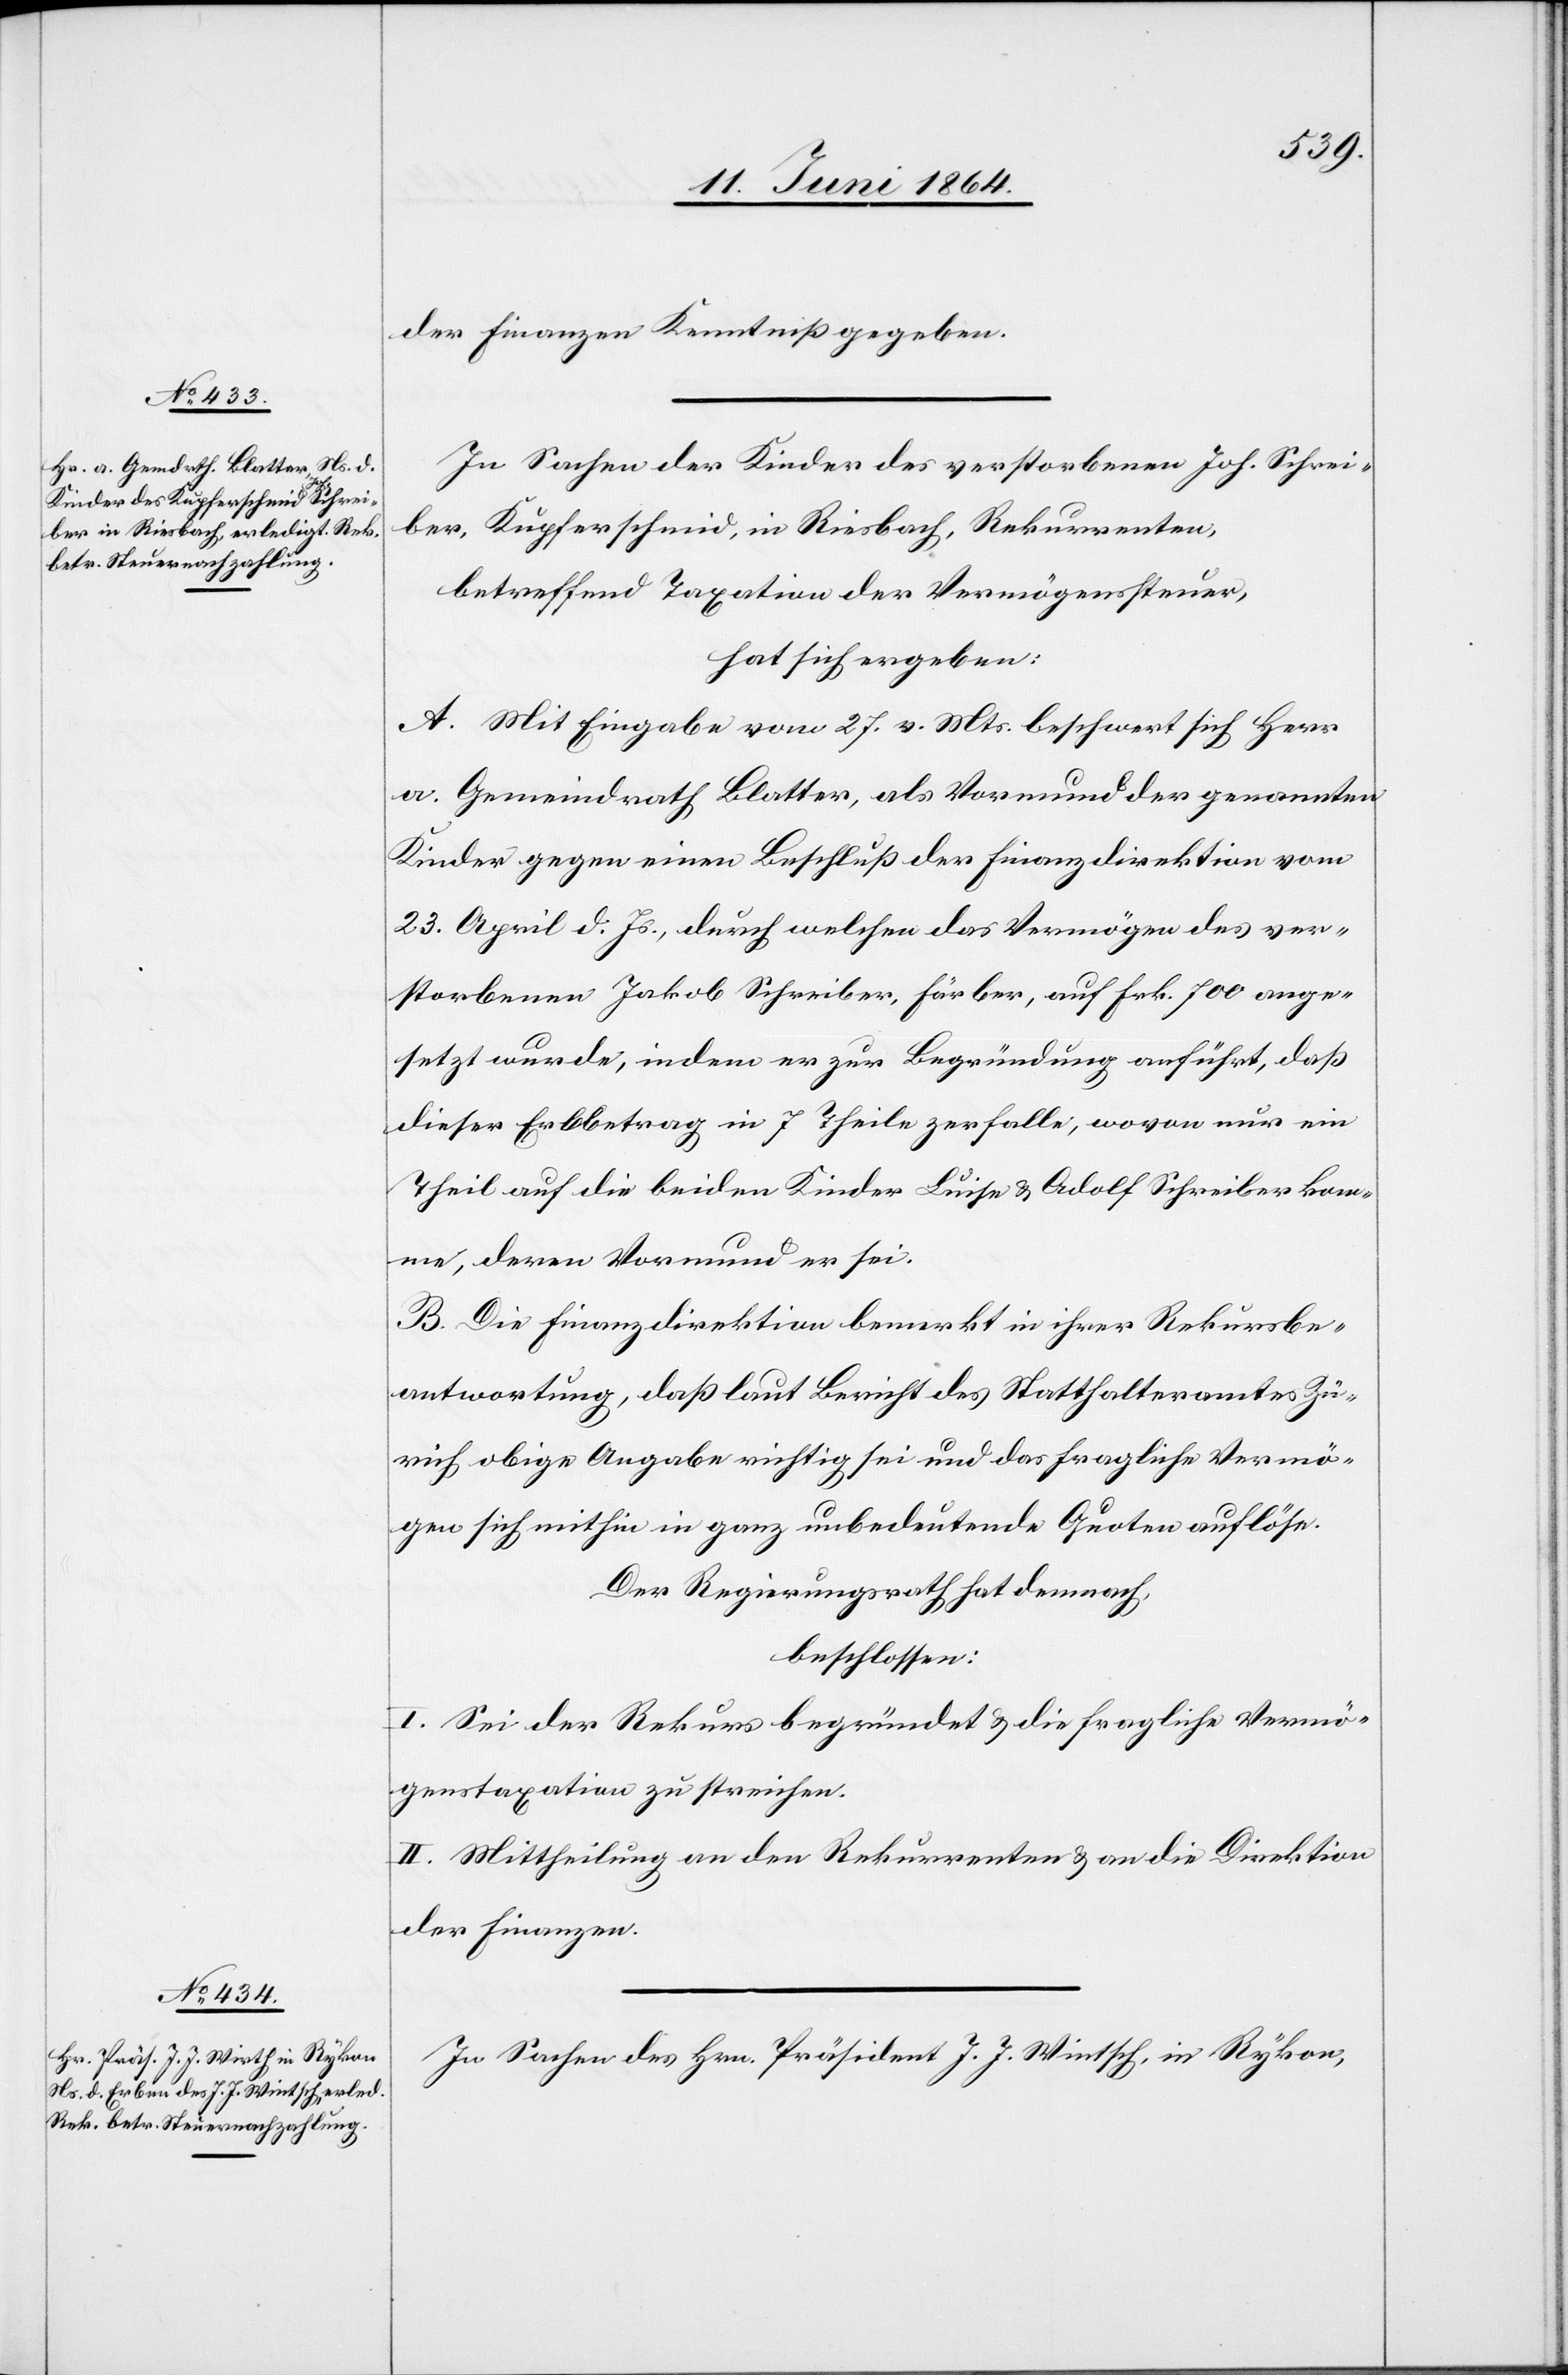
der Finanzen Kenntniß gegeben.
In Sachen der Kinder des verstorbenen Joh. Schrei¬
ber, Kupferschmid, in Riesbach, Rekurrenten,
betreffend Taxation der Vermögenssteuer,
hat sich ergeben:
A. Mit Eingabe vom 27. v. Mts. beschwert sich Herr
a. Gemeindrath Blatter, als Vormund der genannten
Kinder gegen einen Beschluß der Finanzdirektion vom
23. April d. Js., durch welchen das Vermögen des ver¬
storbenen Jakob Schreiber, Färber [sic!], auf Frk. 700 ange¬
setzt wurde, indem er zur Begründung anführt, daß
dieser Erbbetrag in 7 Theile zerfalle, wovon nur ein
Theil auf die beiden Kinder Luise u. Adolf Schreiber kom¬
me, deren Vormund er sei.
B. Die Finanzdirektion bemerkt in ihrer Rekursbe¬
antwortung, daß laut Bericht des Statthalteramtes Zü¬
rich obige Angabe richtig sei und das fragliche Vermö¬
gen sich mithin in ganz unbedeutende Quoten auflöse.
Der Regierungsrath hat demnach,
beschlossen:
I. Sei der Rekurs begründet u. die fragliche Vermö¬
genstaxation zu streichen.
II. Mittheilung an den Rekurrenten u. an die Direktion
der Finanzen.
In Sachen des Hrn. Präsident J. J. Wintsch [sic!], in Rykon,